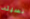
نسيته